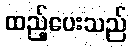
ထည့်ပေးသည်